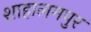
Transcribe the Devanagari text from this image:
शाहालमपुर